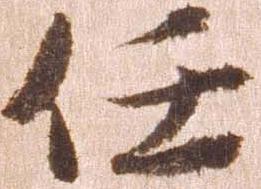
任